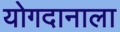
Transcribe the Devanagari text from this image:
योगदानाला